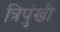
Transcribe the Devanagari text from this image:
त्रिपुंखी